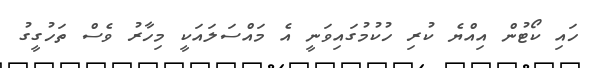
ހައި ކޯޓުން އިއްޔެ ކުރި ހުކުމުގައިވަނީ އެ މައްސަލައަކީ މިހާރު ވެސް ތަހުގީގު